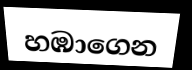
හඹාගෙන